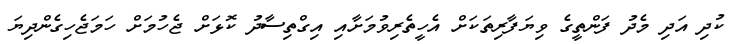
ކުދި އަދި މެދު ފަންތީގެ ވިޔަފާރިތަކަށް އެހީތެރިވުމަށާއި އިގްތިސާދު ކޮޅަށް ޖެހުމަށް ހަމަޖެހިގެންދިޔަ